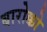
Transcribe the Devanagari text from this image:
बारोक्को